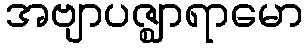
အဗျာပဇ္ဈာရာမော